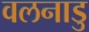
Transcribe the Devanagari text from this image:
वलनाडु